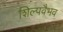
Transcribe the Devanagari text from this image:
शिल्पवैभव